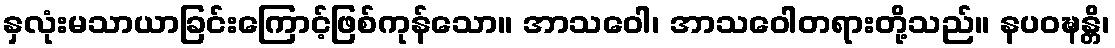
နှလုံးမသာယာခြင်းကြောင့်ဖြစ်ကုန်သော။ အာသဝေါ၊ အာသဝေါတရားတို့သည်။ နပဝဍ္ဎန္တိ၊